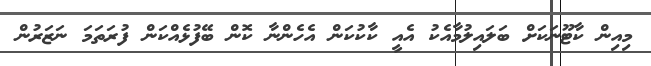
މިއިން ކާޓޫނަކަށް ބަލައިލުމާއެކު އެއީ ކާކުކަން އެހެންނާ ކޮން ބޭފުޅެއްކަން ފުރަތަމަ ނަޒަރުން